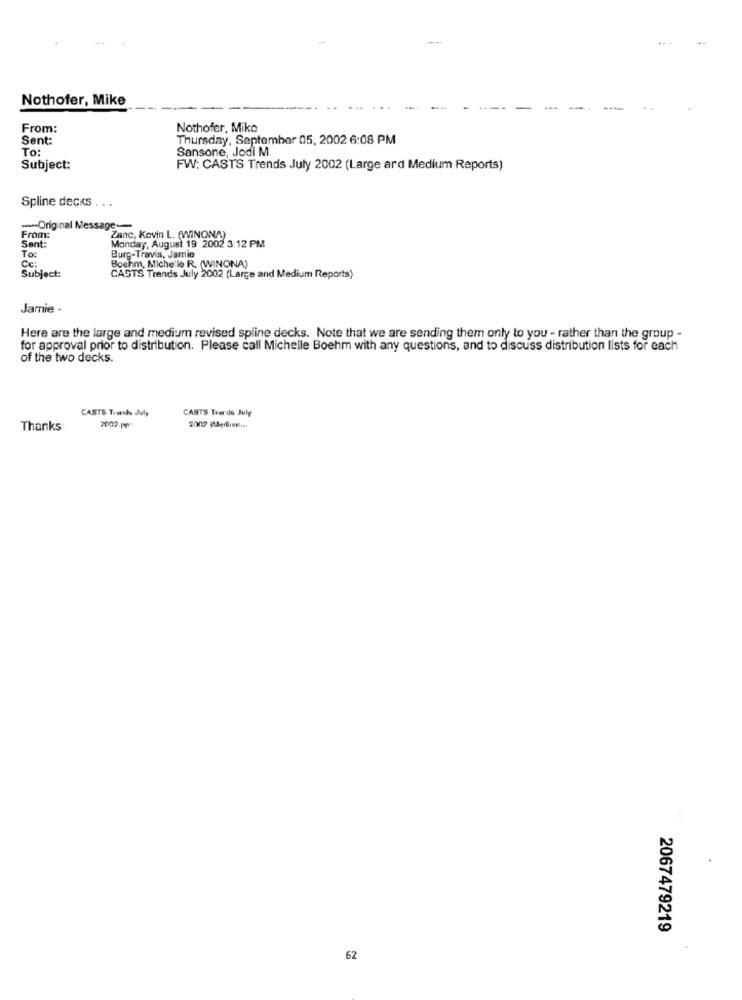
--
Nothofer, Mike
From:
Nothofer, Mike
Sent:
Thursday, September 05, 2002 6:08 PM
To:
Sansone, Jodi M.
Subject:
FW: CASTS Trends July 2002 (Large ard Medium Reports)
Spline decks
...
-- Original Message-
From:
Sent:
Zanc, Kevin L. (WINONA)
Monday, August 19 2002 3:12 PM
To:
Burg-Travis, Jamie
Boehm, Miche le R. (WINONA)
Subject:
CASTS Trends July 2002 (Large and Medium Reports)
Jamie -
Here are the large and medium revised spline decks. Note that we are sending them only to you - rather than the group -
for approval prior to distribution. Please call Michelle Boehm with any questions, and to discuss distribution lists for each
of the two decks.
CASTS Trends July
CASTS Teerde July
Thanks
7002.pp
2009 (Jedist ...
2067479219
62